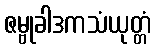
ဇမ္ဗုခါဒကသံယုတ္တံ